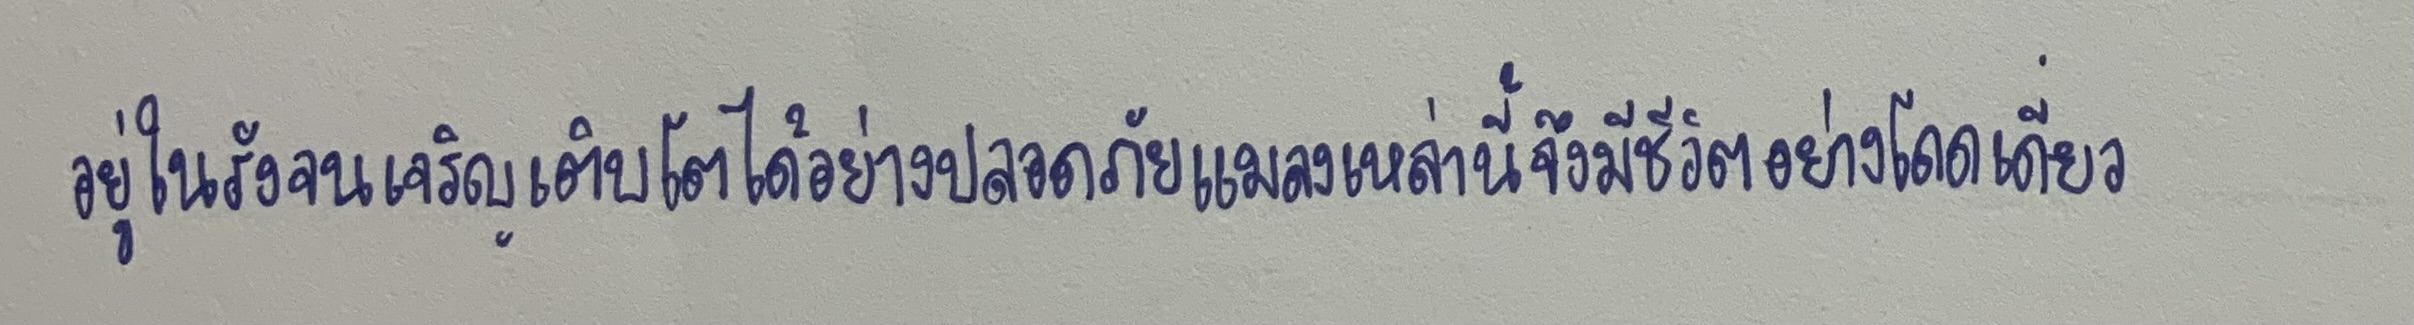
อยู่ในรังจนเจริญเติบโตได้อย่างปลอดภัยแมลงเหล่านี้จึงมีชีวิตอย่างโดดเดี่ยว